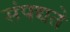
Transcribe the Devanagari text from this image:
संपद्यते